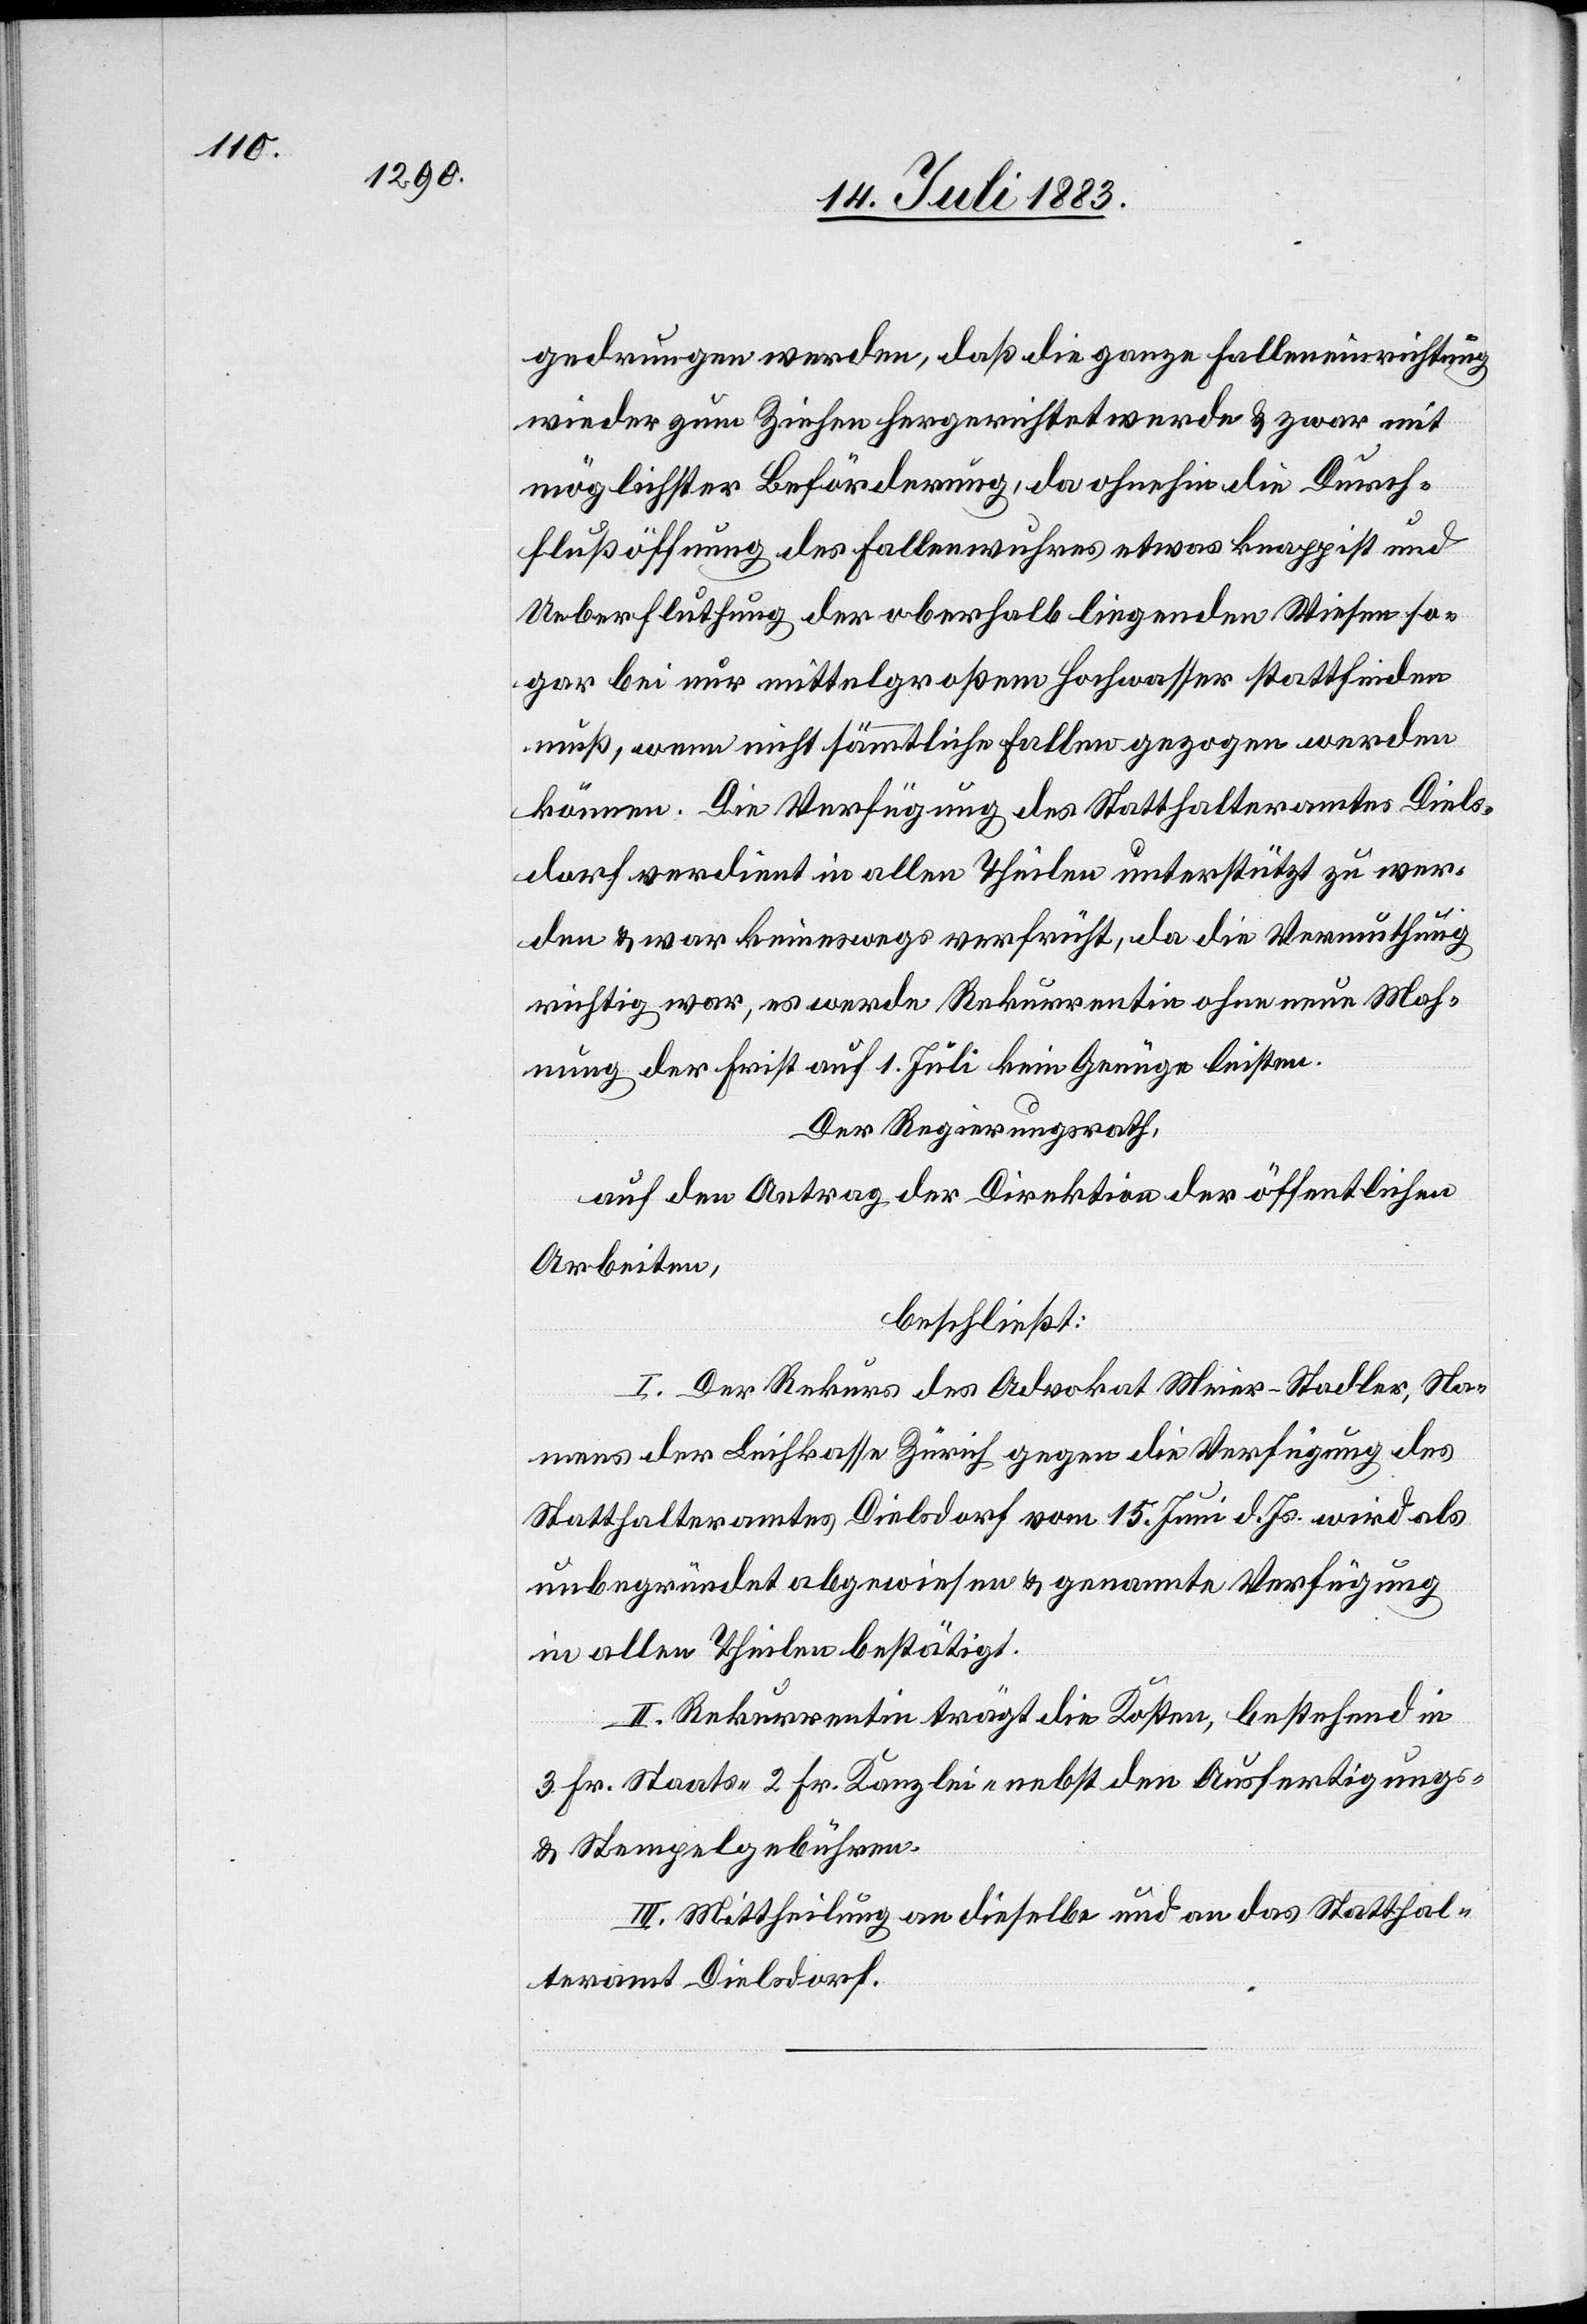
gedrungen werden, daß die ganze Falleneinrichtung
wieder zum Ziehen hergerichtet werde & zwar mit
möglichster Beförderung, da ohnehin die Durch¬
flußöffunung des Fallenwuhres etwas knapp ist und
Ueberfluthung der oberhalb liegenden Wiesen so¬
gar bei nur mittelgroßem Hochwasser stattfinden
muß, wenn nicht sämmtliche Fallen gezogen werden
können. Die Verfügung des Statthalteramtes Diels¬
dorf verdient in allen Theilen unterstützt zu wer¬
den & war keineswegs verfrüht, da die Vermuthung
richtig war, es werde Rekurrentin ohne neue Mah¬
nung der Frist auf 1. Juli kein Genüge leisten.
Der Regierungsrath,
auf den Antrag der Direktion der öffentlichen
Arbeiten,
beschließt:
I. Der Rekurs des Advokat Meier-Stadler, Na¬
mens der Leihkasse Zürich gegen die Verfügung des
Statthalteramtes Dielsdorf vom 15. Juni d. Js. wird als
unbegründet abgewiesen & genannte Verfügung
in allen Theilen bestätigt.
II. Rekurrentin trägt die Kosten, bestehend in
3 Fr. Staats-[,] 2 Fr. Kanzlei- nebst den Ausfertigungs-
& Stempelgebühren.
III. Mittheilung an dieselbe und an das Statthal¬
teramt Dielsdorf.